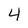
Character: 4